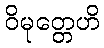
ဝိမုတ္တေဟိ